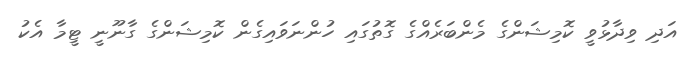
އަދި ވިދާޅުވީ ކޮމިޝަންގެ މެންބަރެއްގެ ގޮތުގައި ހުންނަވައިގެން ކޮމިޝަންގެ ގާނޫނީ ޓީމާ އެކު